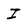
Character: I